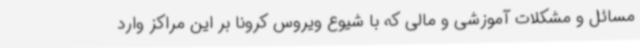
مسائل و مشکلات آموزشی و مالی که با شیوع ویروس کرونا بر این مراکز وارد